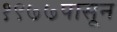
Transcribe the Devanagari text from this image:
१९७७पासून